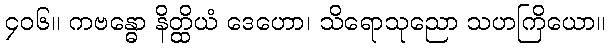
၄၀၆။ ကဗန္ဓော နိတ္ထိယံ ဒေဟော၊ သိရောသုညော သဟကြိယော။